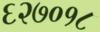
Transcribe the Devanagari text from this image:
६२७०१८